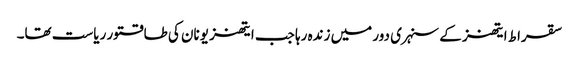
سقراط ایتھنز کے سنہری دور میں زندہ رہا جب ایتھنز یونان کی طاقتور ریاست تھا۔